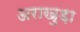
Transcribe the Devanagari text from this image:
अराखुड़ा